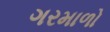
ગરમાળો